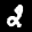
Label: 2